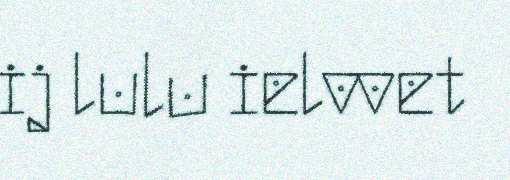
ij lulu ielvvet